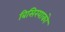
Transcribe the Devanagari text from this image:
बिसिरयाको